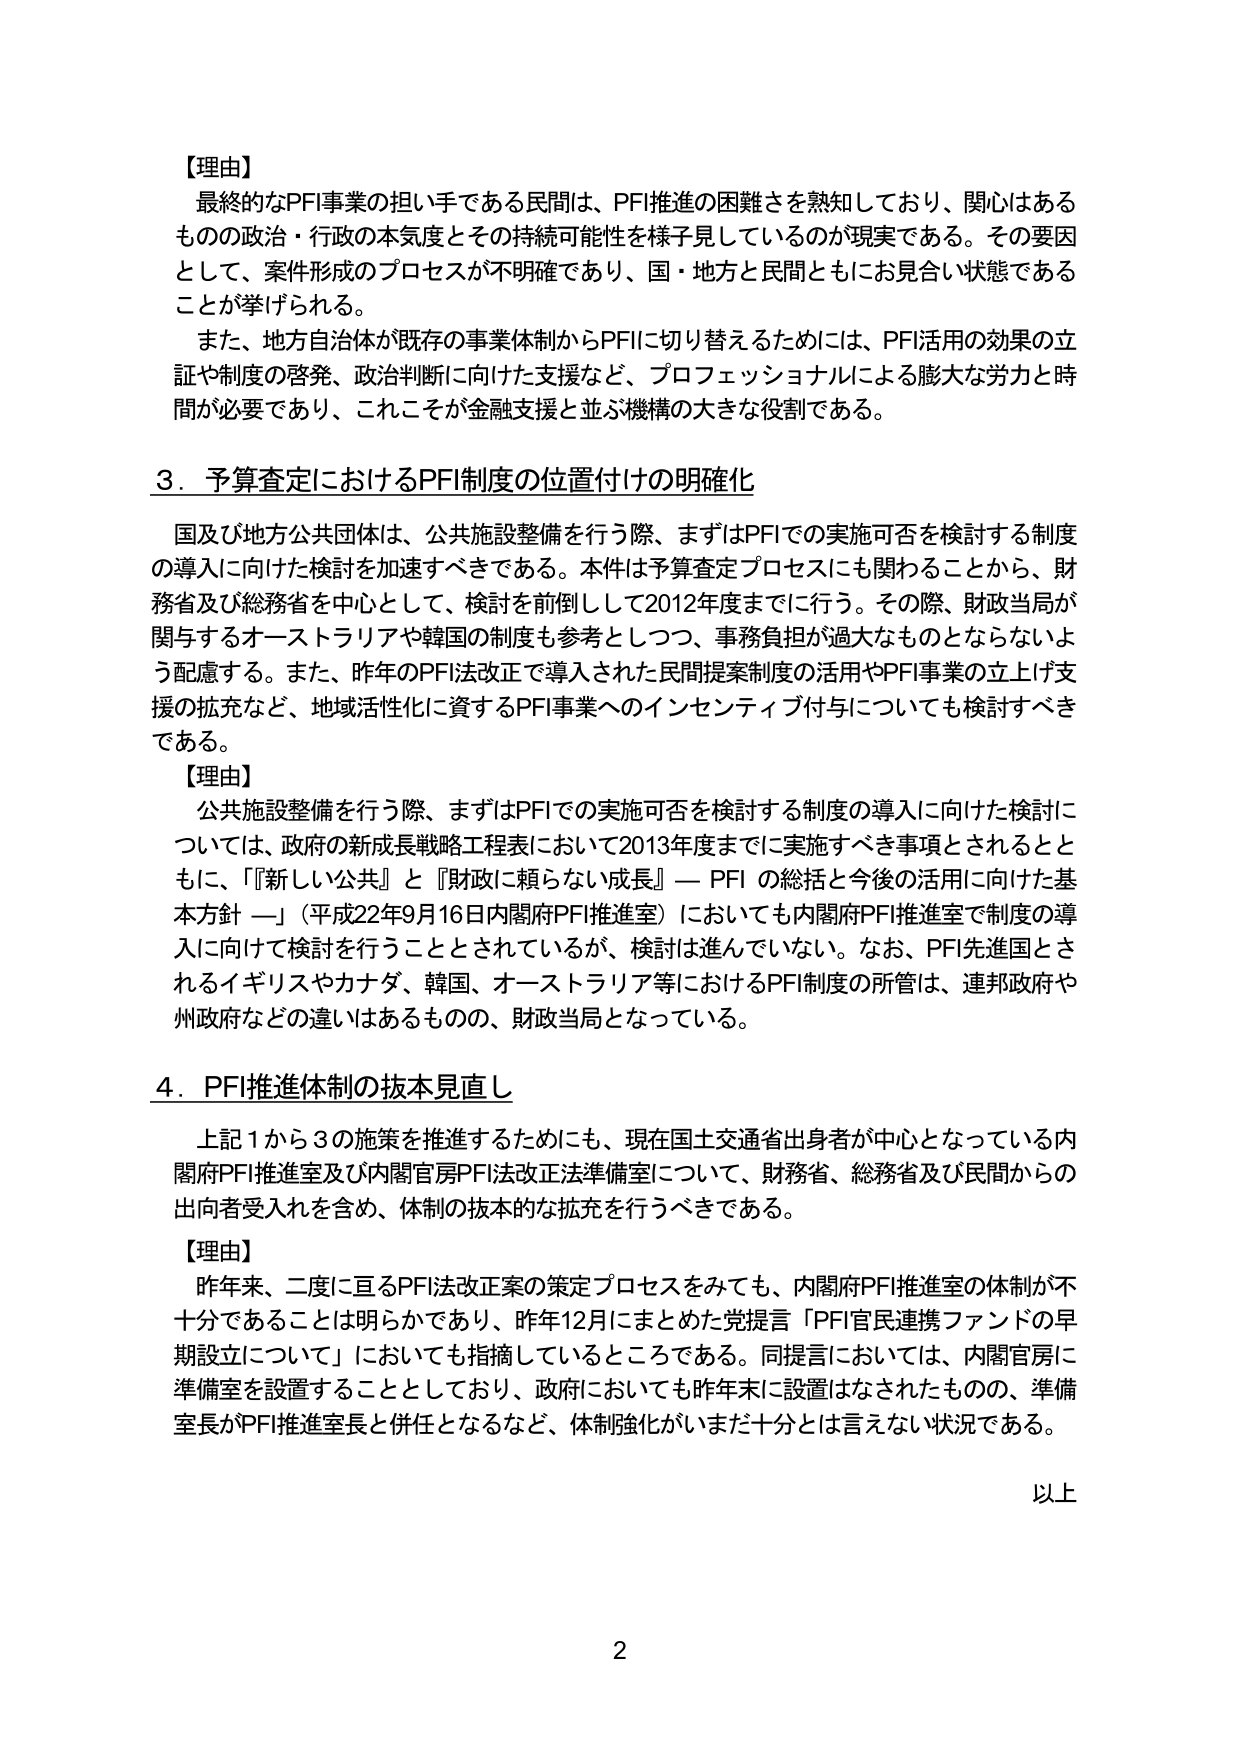
【理由】
最終的なPFI事業の担い手である民間は、PFI推進の困難さを熟知しており、関心はあるものの政治・行政の本気度とその持続可能性を様子見しているのが現実である。その要因として、案件形成のプロセスが不明確であり、国・地方と民間ともにお見合い状態であることが挙げられる。
また、地方自治体が既存の事業体制からPFIに切り替えるためには、PFI活用の効果の立証や制度の啓発、政治判断に向けた支援など、プロフェッショナルによる膨大な労力と時間が必要であり、これこそが金融支援と並ぶ機構の大きな役割である。

3．予算査定におけるPFI制度の位置付けの明確化
国及び地方公共団体は、公共施設整備を行う際、まずはPFIでの実施可否を検討する制度の導入に向けた検討を加速すべきである。本件は予算査定プロセスにも関わることから、財務省及び総務省を中心として、検討を前倒しして2012年度までに行う。その際、財政当局が関与するオーストラリアや韓国の制度も参考としつつ、事務負担が過大なものとならないよう配慮する。また、昨年のPFI法改正で導入された民間提案制度の活用やPFI事業の立上げ支援の拡充など、地域活性化に資するPFI事業へのインセンティブ付与についても検討すべきである。

【理由】
公共施設整備を行う際、まずはPFIでの実施可否を検討する制度の導入に向けた検討については、政府の新成長戦略工程表において2013年度までに実施すべき事項とされるとともに、「『新しい公共』と『財政に頼らない成長』― PFI の総括と今後の活用に向けた基本方針 ―」（平成22年9月16日内閣府PFI推進室）においても内閣府PFI推進室で制度の導入に向けて検討を行うこととされているが、検討は進んでいない。なお、PFI先進国とされるイギリスやカナダ、韓国、オーストラリア等におけるPFI制度の所管は、連邦政府や州政府などの違いはあるものの、財政当局となっている。

4．PFI推進体制の抜本見直し
上記1から3の施策を推進するためにも、現在国土交通省出身者が中心となっている内閣府PFI推進室及び内閣官房PFI法改正法準備室について、財務省、総務省及び民間からの出向者受入れを含め、体制の抜本的な拡充を行うべきである。

【理由】
昨年来、二度に亘るPFI法改正案の策定プロセスをみても、内閣府PFI推進室の体制が不十分であることは明らかであり、昨年12月にまとめた党提言「PFI官民連携ファンドの早期設立について」においても指摘しているところである。同提言においては、内閣官房に準備室を設置することとしており、政府においても昨年末に設置はなされたものの、準備室長がPFI推進室長と併任となるなど、体制強化がいまだ十分とは言えない状況である。

以上

2